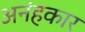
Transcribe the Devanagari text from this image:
अनंहकार